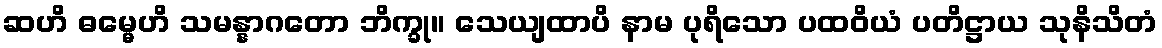
ဆဟိ ဓမ္မေဟိ သမန္နာဂတော ဘိက္ခု။ သေယျထာပိ နာမ ပုရိသော ပထဝိယံ ပတိဋ္ဌာယ သုနိသိတံ